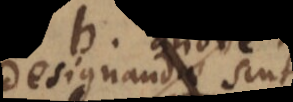
designandae sint